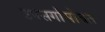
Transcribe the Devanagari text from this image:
उपसर्गांसोबत